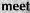
meet